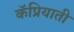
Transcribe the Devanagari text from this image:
कॅप्रियाती